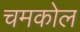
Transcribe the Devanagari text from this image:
चमकोल